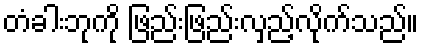
တံခါးဘုကို ဖြည်းဖြည်းလှည့်လိုက်သည်။